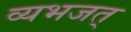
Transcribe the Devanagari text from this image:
व्यभजत्